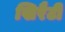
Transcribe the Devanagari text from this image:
खिरैटी